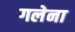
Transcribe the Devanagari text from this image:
गलेना